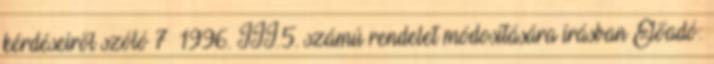
kérdéseiről szóló 7 1996. III.5. számú rendelet módosítására írásban Előadó: